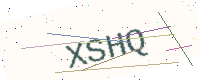
Text: XSHQ